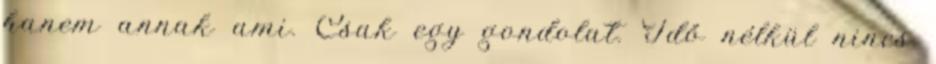
hanem annak ami. Csak egy gondolat. Idő nélkül nincs